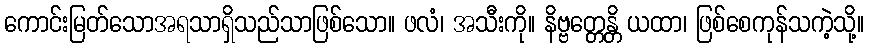
ကောင်းမြတ်သောအရသာရှိသည်သာဖြစ်သော။ ဖလံ၊ အသီးကို။ နိဗ္ဗတ္တေန္တိ ယထာ၊ ဖြစ်စေကုန်သကဲ့သို့။